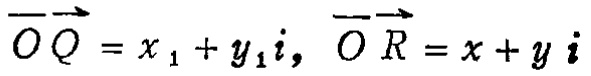
\(\overrightarrow{OQ} = x_{1} + y_{1}i, \overrightarrow{OR} = x + y i\)